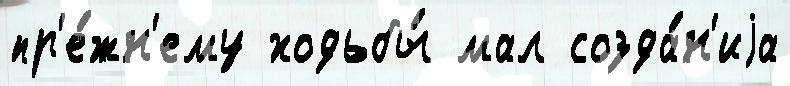
пр'е́жн'ему ходьбы́ мал созда́н'иjа